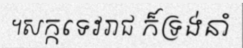
។សក្កទេវរាជ ក៏ទ្រង់នាំ